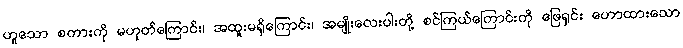
ဟူသော စကားကို မဟုတ်ကြောင်း၊ အထူးမရှိကြောင်း၊ အမျိုးလေးပါးတို့ စင်ကြယ်ကြောင်းကို ဖြေရှင်း ဟောထားသော